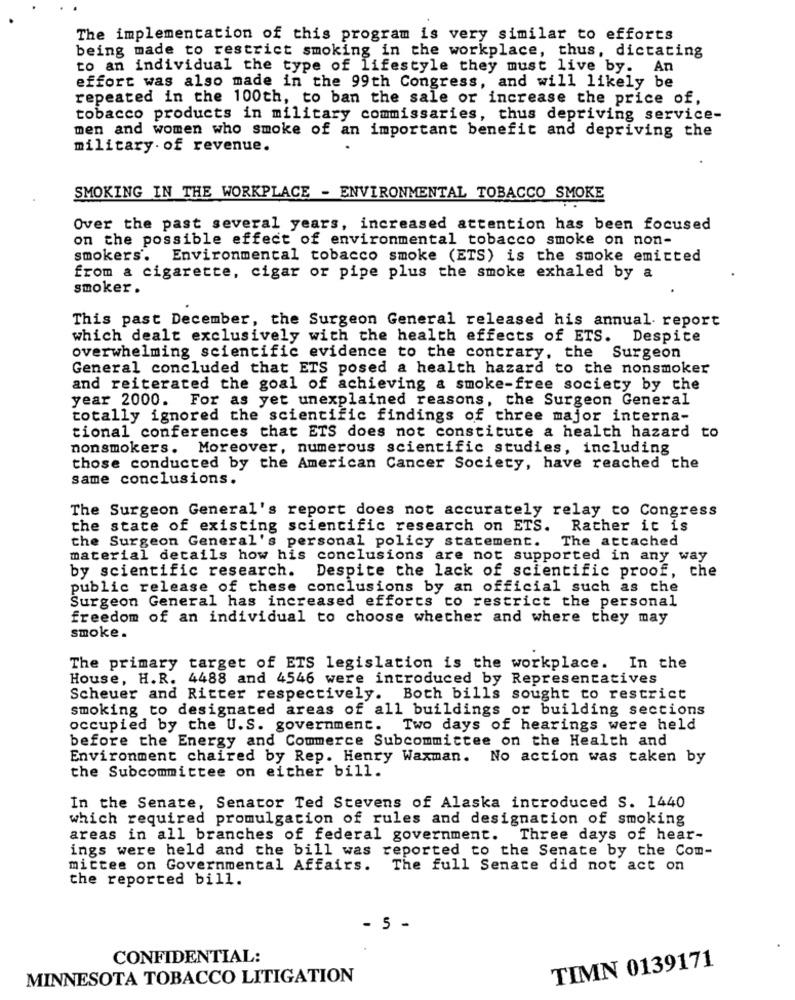
The implementation of this program is very similar to efforts
being made to restrict smoking in the workplace, thus, dictating
to an individual the type of lifestyle they must live by. An
effort was also made in the 99th Congress, and will likely be
repeated in the 100th, to ban the sale or increase the price of,
tobacco products in military commissaries, thus depriving service-
men and women who smoke of an important benefit and depriving the
military. of revenue.
SMOKING IN THE WORKPLACE - ENVIRONMENTAL TOBACCO SMOKE
Over the past several years, increased attention has been focused
on the possible effect of environmental tobacco smoke on non-
smokers. Environmental tobacco smoke (ETS) is the smoke emitted
from a cigarette, cigar or pipe plus the smoke exhaled by a
smoker.
This past December, the Surgeon General released his annual report
which dealt exclusively with the health effects of ETS. Despite
overwhelming scientific evidence to the contrary, the Surgeon
General concluded that ETS posed a health hazard to the nonsmoker
and reiterated the goal of achieving a smoke-free society by the
year 2000. For as yet unexplained reasons, the Surgeon General
totally ignored the scientific findings of three major interna-
tional conferences that ETS does not constitute a health hazard to
nonsmokers. Moreover, numerous scientific studies, including
those conducted by the American Cancer Society, have reached the
same conclusions.
The Surgeon General's report does not accurately relay to Congress
the state of existing scientific research on ETS.
Rather it is
the Surgeon General's personal policy statement.
The attached
material details how his conclusions are not supported in any way
by scientific research.
Despite the lack of scientific proof, che
public release of these conclusions by an official such as the
Surgeon General has increased efforts to restrict the personal
freedom of an individual to choose whether and where they may
smoke .
The primary target of ETS legislation is the workplace. In the
House, H.R. 4488 and 4546 were introduced by Representatives
Scheuer and Ritter respectively. Both bills sought to restrict
smoking to designated areas of all buildings or building sections
occupied by the U.S. government. Two days of hearings were held
before the Energy and Commerce Subcommittee on the Health and
Environment chaired by Rep. Henry Waxman. No action was taken by
the Subcommittee on either bill.
In the Senate, Senator Ted Stevens of Alaska introduced S. 1440
which required promulgation of rules and designation of smoking
areas in all branches of federal government. Three days of hear-
ings were held and the bill was reported to the Senate by the Com-
mittee on Governmental Affairs. The full Senate did not act on
the reported bill.
- 5 -
CONFIDENTIAL:
TIMN 0139171
MINNESOTA TOBACCO LITIGATION